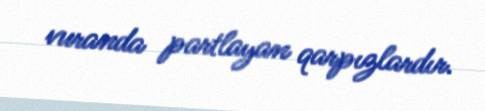
vuranda partlayan qarpızlardır.